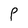
Character: P